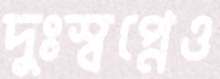
দুঃস্বপ্নেও